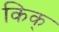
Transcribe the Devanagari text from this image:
किक्